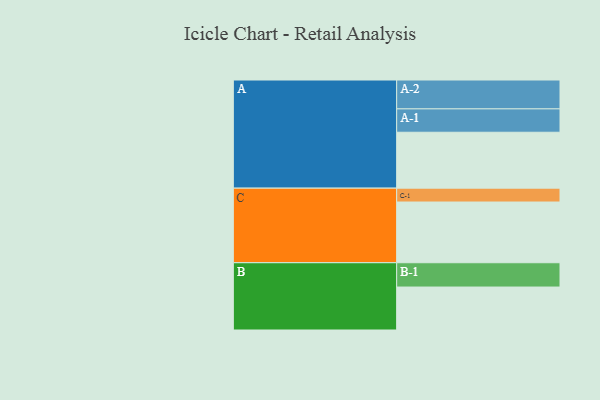
{"axis": {"x": "Segment", "y": "Value"}, "legend": ["", "A", "B", "C"], "data": [{"x": "A", "y": 488, "type": ""}, {"x": "B", "y": 375, "type": ""}, {"x": "C", "y": 530, "type": ""}, {"x": "A-1", "y": 204, "type": "A"}, {"x": "A-2", "y": 252, "type": "A"}, {"x": "B-1", "y": 212, "type": "B"}, {"x": "C-1", "y": 121, "type": "C"}]}